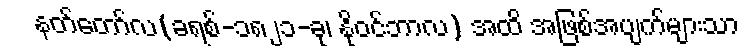
နတ်တော်လ(ခရစ်-၁၈၂၁-ခု၊ နိုဝင်ဘာလ) အထိ အဖြစ်အပျက်များသာ